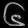
Digit: ၆